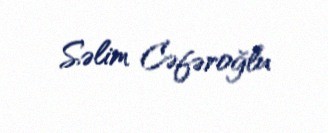
Səlim Cəfəroğlu